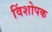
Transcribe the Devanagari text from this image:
विंशोपक